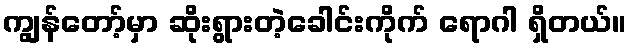
ကျွန်တော့်မှာ ဆိုးရွားတဲ့ခေါင်းကိုက် ရောဂါ ရှိတယ်။